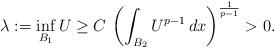
LaTeX: \begin{align*}\lambda:=\inf_{B_1} U\ge C\,\left(\int_{B_2} U^{p-1}\,dx\right)^\frac{1}{p-1}>0.\end{align*}